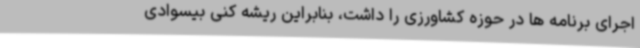
اجرای برنامه ها در حوزه کشاورزی را داشت، بنابراین ریشه کنی بیسوادی